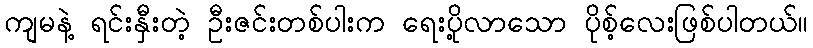
ကျမနဲ့ ရင်းနှီးတဲ့ ဦးဇင်းတစ်ပါးက ရေးပို့လာသော ပိုစ့်လေးဖြစ်ပါတယ်။